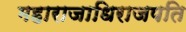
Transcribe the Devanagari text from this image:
महाराजाधिराजपति